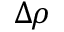
\Delta \rho